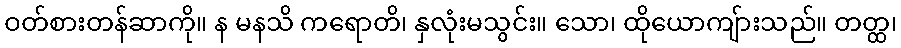
ဝတ်စားတန်ဆာကို။ န မနသိ ကရောတိ၊ နှလုံးမသွင်း။ သော၊ ထိုယောကျ်ားသည်။ တတ္ထ၊